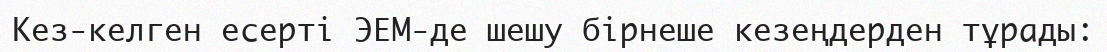
Кез-келген есерті ЭЕМ-де шешу бірнеше кезеңдерден тұрады: